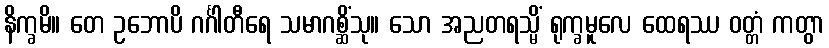
နိက္ခမိ။ တေ ဥဘောပိ ဂင်္ဂါတီရေ သမာဂစ္ဆိံသု။ သော အညတရသ္မိံ ရုက္ခမူလေ ထေရဿ ဝတ္တံ ကတွာ